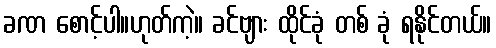
ခဏ စောင့်ပါ။ဟုတ်ကဲ့။ ခင်ဗျား ထိုင်ခုံ တစ် ခုံ ရနိုင်တယ်။